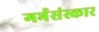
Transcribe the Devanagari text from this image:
गर्भसंस्कार